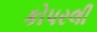
કોપરલી